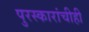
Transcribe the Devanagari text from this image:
पुरस्कारांचीही